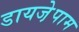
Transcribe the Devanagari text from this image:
डायजे़पाम